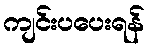
ကျင်းပပေးရန်